Civil Veterinary Department. Madras. Admin. report 1910-25 - 1910-1925
Year: 1910
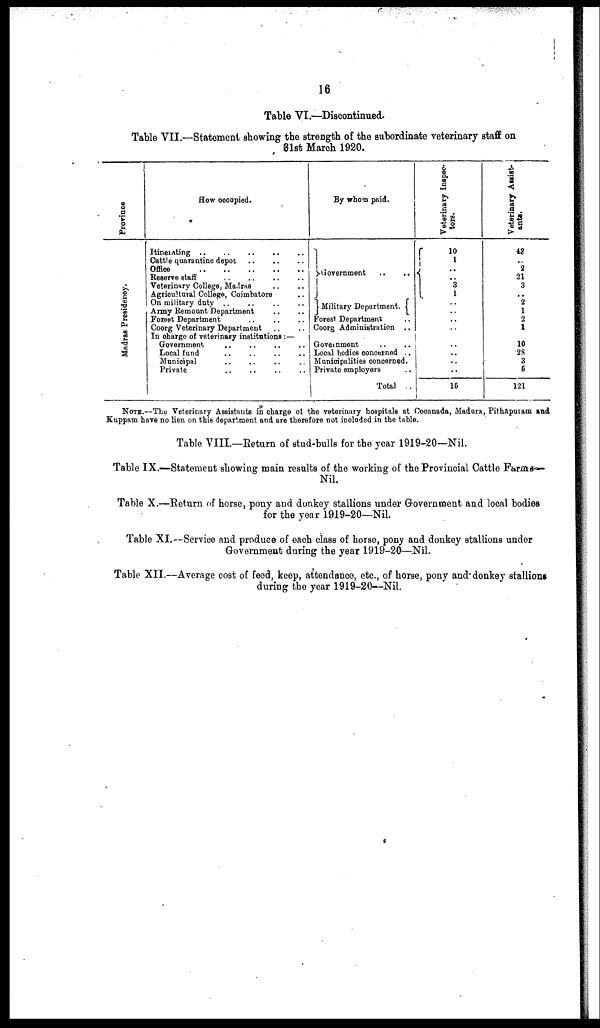
16
Table VI.—Discontinued.
Table VII.—Statement showing the strength of the subordinate veterinary staff on
81st March 1920.
Province
Madras Presidency.
How occupied.
Itinerating .. .. .. .. ..
Cattle quarantine depot .. .. ..
office .. .. .. .. ..
Reserve staff .. .. .. ..
Veterinary College, Madras .. ..
Agricultural College, Coimbatore ..
On military duty .. .. .. ..
Army Remount Department .. ..
Forest Department .. .. ..
Coorg Veterinary Department .. ..
In charge of veterinary institutions :—
Government .. .. .. ..
Local fund .. .. .. ..
Municipal .. .. .. ..
Private .. .. .. ..
By whom paid.
Government
..
..
Military Department.
Forest Department ..
Coorg Administration ..
Government .. ..
Local bodies concerned ..
Municipalities concerned.
Private employers ..
Total ..
Veterinary Inspec-
tors.
10
1
..
..
3
1
..
..
..
..
..
..
..
..
15
Veterinary Assist-
ants.
43
..
2
21
3
..
2
1
2
1
..
10
28
3
5
121
NOTE.—The Veterinary Assistants in charge of the veterinary hospitals at Cocanada, Madura, Pithapuram and
Kuppam have no lien on this department and are therefore not included in the table.
Table VIII.—Return of stud-bulls for the year 1919-20—Nil.
Table IX.—Statement showing main results of the working of the Provincial Cattle Farm:—
Nil.
Table X.—Return of horse, pony and donkey stallions under Government and local bodies
for the year 1919-20—Nil.
Table XI.--ervice and produce of each class of horse, pony and donkey stallions under
Government during the year 1919-20—Nil.
Table XII.--Average cost of feed, keep, attendance, etc., of horse, pony and donkey stallions
during the year 1919-20--Nil.